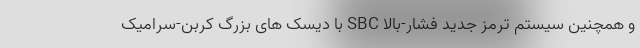
و همچنین سیستم ترمز جدید فشار-بالا SBC با دیسک های بزرگ کربن-سرامیک